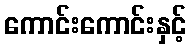
ကောင်းကောင်းနှင့်